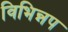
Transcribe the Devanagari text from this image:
विभिन्नप